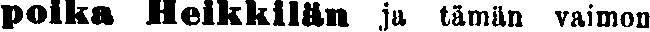
poika Heikkilän ja tämän vaimon